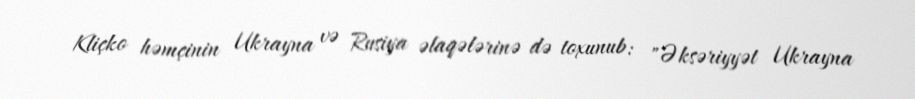
Kliçko həmçinin Ukrayna və Rusiya əlaqələrinə də toxunub: "Əksəriyyət Ukrayna